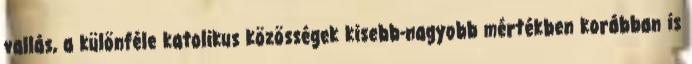
vallás, a különféle katolikus közösségek kisebb-nagyobb mértékben korábban is